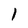
Character: 1